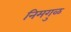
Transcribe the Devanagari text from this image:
निमगुळ